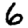
Digit: 6